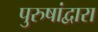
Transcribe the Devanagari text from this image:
पुरुषांद्वारा